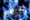
أفضل